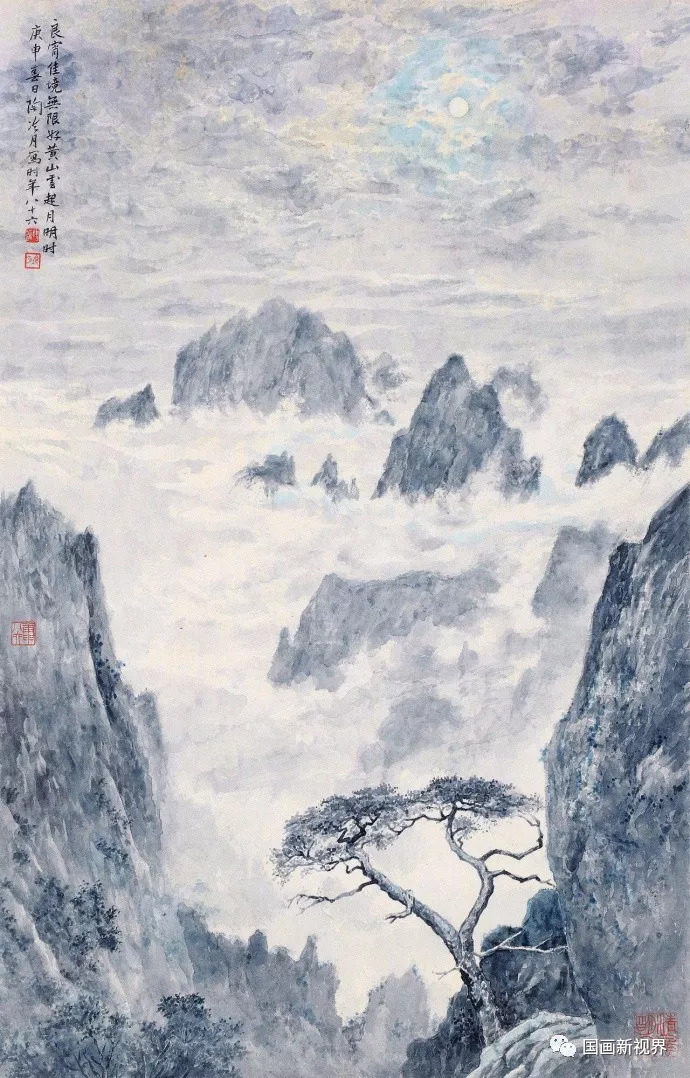
此路无知己，明珠莫暗投。